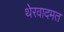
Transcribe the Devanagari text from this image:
थेरवादमत